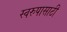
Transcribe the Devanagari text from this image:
स्वरुपासाठी